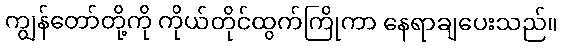
ကျွန်တော်တို့ကို ကိုယ်တိုင်ထွက်ကြိုကာ နေရာချပေးသည်။